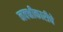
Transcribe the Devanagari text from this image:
नक्क्षीकारीचे